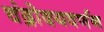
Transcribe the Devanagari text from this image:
चंद्रोदयवर्णन